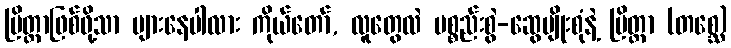
ပြိတ္တာဖြစ်ဖို့သာ များနေပါလား ကိုယ်တော်, လူတွေလဲ ပစ္စည်းစွဲ-ဆွေမျိုးစုံနဲ့ ပြိတ္တာ (တစ္ဆေ)